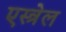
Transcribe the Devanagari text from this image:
एस्त्रेल